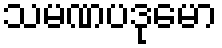
သမဏပဒုမော